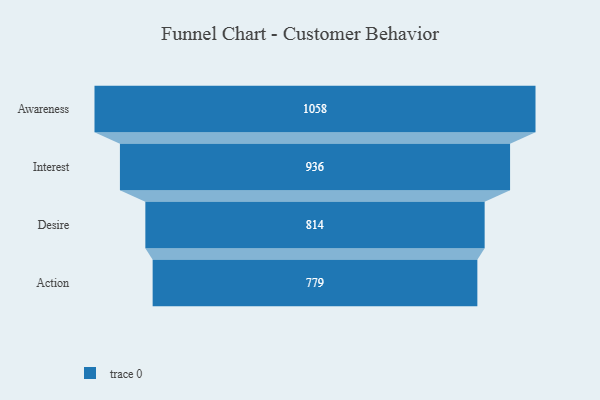
{"axis": {"x": "Stage", "y": "Value"}, "legend": [""], "data": [{"x": "Awareness", "y": 1058.0, "type": ""}, {"x": "Interest", "y": 936.0, "type": ""}, {"x": "Desire", "y": 814.0, "type": ""}, {"x": "Action", "y": 779.0, "type": ""}]}